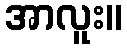
အာလူး။